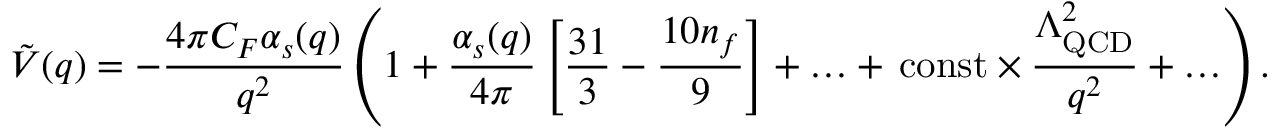
\tilde { V } ( q ) = - \frac { 4 \pi C _ { F } \alpha _ { s } ( q ) } { q ^ { 2 } } \left( 1 + \frac { \alpha _ { s } ( q ) } { 4 \pi } \left[ \frac { 3 1 } { 3 } - \frac { 1 0 n _ { f } } { 9 } \right] + \ldots + \, \mathrm { c o n s t } \times \frac { \Lambda _ { \mathrm { Q C D } } ^ { 2 } } { q ^ { 2 } } + \ldots \right) .